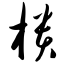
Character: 柜